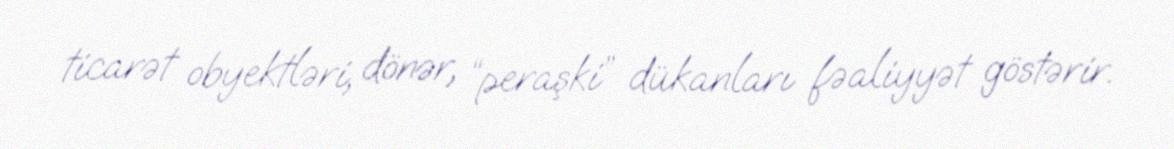
ticarət obyektləri, dönər, “peraşki” dükanları fəaliyyət göstərir.